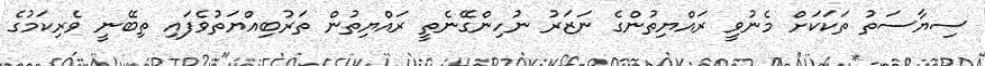
ސިޔާސަތު ތަކަކަށް މެނުވީ ރައްޔިތުންގެ ނަޒަރު ނުހިންގޭނެތީ ރައްޔިތުން ތަރުބިއްޔަތުވެފައި ތިބޭނީ ވެރިކަމުގެ